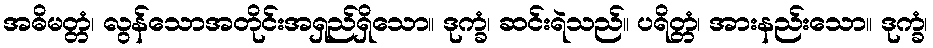
အဓိမတ္တံ၊ လွန်သောအတိုင်းအရှည်ရှိသော။ ဒုက္ခံ၊ ဆင်းရဲသည်။ ပရိတ္တံ၊ အားနည်းသော။ ဒုက္ခံ၊